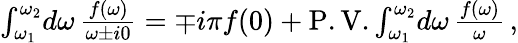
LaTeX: \begin{array}{r}{\int_{\omega_{1}}^{\omega_{2}}\! d\omega\, \frac{f(\omega)}{\omega\pm i0}=\mp i\pi f(0)+\mathrm{{P.V.}}\int_{\omega_{1}}^{\omega_{2}}\! d\omega\, \frac{f(\omega)}{\omega}\, ,}\end{array}